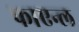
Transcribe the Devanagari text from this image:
फाएन्ल